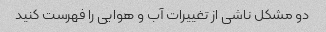
دو مشکل ناشی از تغییرات آب و هوایی را فهرست کنید